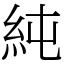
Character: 純